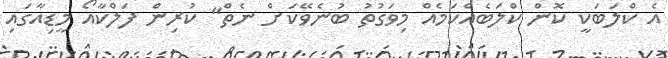
އެ ކްލަބަކީ ކޮން ކްލަބެއްކަމެއް މިވަގުތު ބުނެވޭކަށް ނެތް" ކުރިން ފަލްކާއޯ މީޑިއާގައި